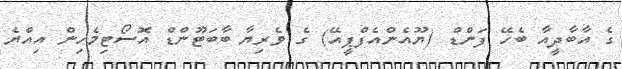
ގެ އާބާދީއާ ބެހޭ ފަންޑް (ޔޫއެންއެފްޕީއޭ) ގެ ވެރިޔާ ބާބަޓޫންޑް އޮސޯޓިމެހިން އިއްޔެ